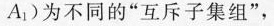
A_{1})为不同的”互斥子集组”，